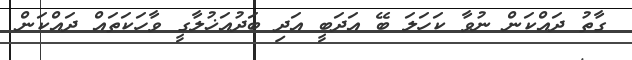
ގާތު ދައްކަން ނުވާ ކަހަލަ ބޭ އަދަބީ އަދި ބަދުއަޚުލާގީ ވާހަކަތައް ދައްކަން